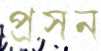
প্রসন